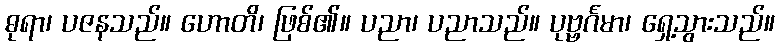
ဓုရာ၊ ပဇနသည်။ ဟောတိ၊ ဖြစ်၏။ ပညာ၊ ပညာသည်။ ပုဗ္ဗင်္ဂမာ၊ ရှေ့သွားသည်။